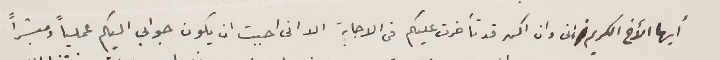
أيها الأخ الكريم إنى وان اكن قد تأخرت عليكم فى الاجابة الا انى احببت ان يكون جوابى عملياً ومبشراً